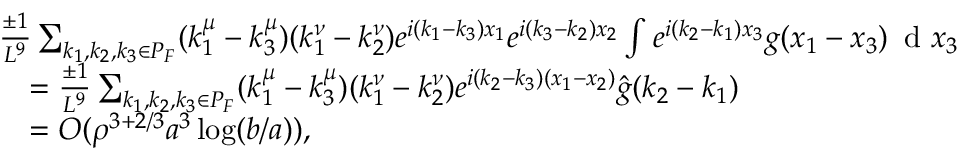
\begin{array} { r l } & { \frac { \pm 1 } { L ^ { 9 } } \sum _ { k _ { 1 } , k _ { 2 } , k _ { 3 } \in P _ { F } } ( k _ { 1 } ^ { \mu } - k _ { 3 } ^ { \mu } ) ( k _ { 1 } ^ { \nu } - k _ { 2 } ^ { \nu } ) e ^ { i ( k _ { 1 } - k _ { 3 } ) x _ { 1 } } e ^ { i ( k _ { 3 } - k _ { 2 } ) x _ { 2 } } \int e ^ { i ( k _ { 2 } - k _ { 1 } ) x _ { 3 } } g ( x _ { 1 } - x _ { 3 } ) \, \textnormal { d } x _ { 3 } } \\ & { \quad = \frac { \pm 1 } { L ^ { 9 } } \sum _ { k _ { 1 } , k _ { 2 } , k _ { 3 } \in P _ { F } } ( k _ { 1 } ^ { \mu } - k _ { 3 } ^ { \mu } ) ( k _ { 1 } ^ { \nu } - k _ { 2 } ^ { \nu } ) e ^ { i ( k _ { 2 } - k _ { 3 } ) ( x _ { 1 } - x _ { 2 } ) } \hat { g } ( k _ { 2 } - k _ { 1 } ) } \\ & { \quad = O ( \rho ^ { 3 + 2 / 3 } a ^ { 3 } \log ( b / a ) ) , } \end{array}